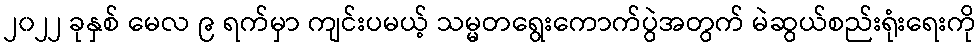
၂၀၂၂ ခုနှစ် မေလ ၉ ရက်မှာ ကျင်းပမယ့် သမ္မတရွေးကောက်ပွဲအတွက် မဲဆွယ်စည်းရုံးရေးကို